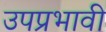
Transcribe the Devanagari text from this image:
उपप्रभावी